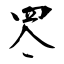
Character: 罖